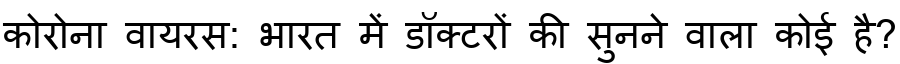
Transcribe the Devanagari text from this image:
कोरोना वायरस: भारत में डॉक्टरों की सुनने वाला कोई है?